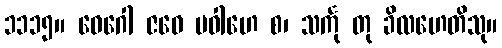
၁၁၁၅။ ဝေဂေါ ဇဝေ ပဝါဟေ စ၊ သင်္ကု တု ခိလဟေတိသု။